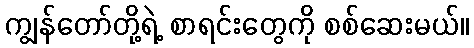
ကျွန်တော်တို့ရဲ့ စာရင်းတွေကို စစ်ဆေးမယ်။